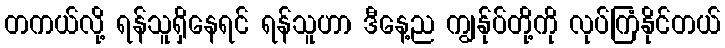
တကယ်လို့ ရန်သူရှိနေရင် ရန်သူဟာ ဒီနေ့ည ကျွန်ုပ်တို့ကို လုပ်ကြံနိုင်တယ်